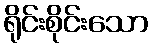
ရိုင်းစိုင်းသော